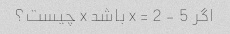
اگر 5 - x = 2 باشد x چیست؟